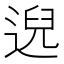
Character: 𫐰